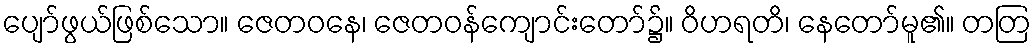
ပျော်ဖွယ်ဖြစ်သော။ ဇေတဝနေ၊ ဇေတဝန်ကျောင်းတော်၌။ ဝိဟရတိ၊ နေတော်မူ၏။ တတြ